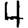
Digit: 4